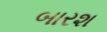
બારશ